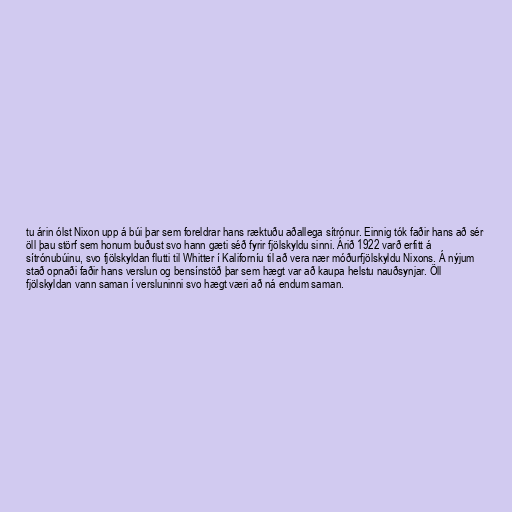
tu árin ólst Nixon upp á búi þar sem foreldrar hans ræktuðu aðallega sítrónur. Einnig tók faðir hans að sér
öll þau störf sem honum buðust svo hann gæti séð fyrir fjölskyldu sinni. Árið 1922 varð erfitt á
sítrónubúinu, svo fjölskyldan flutti til Whitter í Kaliforníu til að vera nær móðurfjölskyldu Nixons. Á nýjum
stað opnaði faðir hans verslun og bensínstöð þar sem hægt var að kaupa helstu nauðsynjar. Öll
fjölskyldan vann saman í versluninni svo hægt væri að ná endum saman.